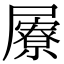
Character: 屪